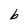
Character: b